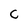
Character: C